system: You are a helpful assistant.
user:
Analyze the provided spectrum to determine if it is a **White Dwarf (WD)**.

A White Dwarf spectrum is defined by its **extreme purity** (due to gravitational settling) and/or **extreme pressure broadening** (due to high surface gravity). You must check for one of the following mutually exclusive signatures:

- **Key Visual Indicators (Check for ONE of these types):**

    - **1. DA-Type Signature (Most Common):**
        - **(Primary Feature):** Extreme pressure broadening (Stark broadening) of the **Hydrogen (H) Balmer lines**.
        - **(Key Lines):** $H\beta$ (approx. $4861$ Å) and $H\gamma$ (approx. $4340$ Å). $H\alpha$ (approx. $6563$ Å) will also be present if the wavelength range covers it.
        - **(Line Profile):** This is the **defining feature**. The lines are **NOT** sharp. They appear as massive, **extremely broad and deep "troughs" or "dips"** in the spectrum, often hundreds of Ångströms wide. The continuum will appear to "scoop" down at these wavelengths.
        - **(Distinction):** Normal A-type or B-type stars have *narrow* and *sharp* Hydrogen lines. A DA White Dwarf's lines are unmistakably "smeared" or "blurry" from pressure.

    - **2. DB-Type Signature:**
        - **(Primary Feature):** Broad absorption lines from **Neutral Helium (He I)**. The spectrum must lack any visible Hydrogen lines.
        - **(Key Lines):** Look for broad absorption near $4471$ Å, $4921$ Å, and $5876$ Å.
        - **(Line Profile):** These lines are also significantly pressure-broadened, appearing much wider than they would in a normal B-type main-sequence star.

    - **3. DC-Type Signature:**
        - **(Primary Feature):** A **featureless continuous spectrum**.
        - **(Line Profile):** The spectrum is a smooth curve with **no significant absorption or emission lines**.
        - **(Key Confirmation):** The continuum is almost always **blue or white**, indicating a hot object. This signature implies the atmosphere is so pure (or so cool) that no spectral lines are visible in the optical range. Its WD identity is confirmed by its extremely low intrinsic brightness (high absolute magnitude).

    - **4. DZ-Type Signature (Metal-Polluted):**
        - **(Primary Feature):** **Isolated, narrow metal absorption lines** on an otherwise featureless (DC-like) continuum.
        - **(Key Lines):** The **Calcium (Ca II) H & K doublet** (approx. **$3934$ Å** and **$3968$ Å**) is the most common and defining feature.
        - **(Line Profile):** These lines are "out of place." They are *not* part of a "forest" of thousands of lines. This signature is evidence of recent *accretion* (pollution) from rocky debris.
        - **(Distinction):** Normal G/K/M stars have a *dense forest* of thousands of metal lines. A DZ has a *clean* continuum with *only a few* strong metal lines.

    - **5. DQ-Type Signature (Carbon-Polluted):**
        - **(Primary Feature):** Absorption bands from **Carbon (C₂ "Swan Bands" or atomic C I)**.
        - **(Key Lines - C₂):** Look for bandheads with a "saw-tooth" shape near $5635$ Å, **$5165$ Å** (strongest), and $4737$ Å.
        - **(Key Confirmation):** The underlying **continuum must be blue or white** (hot).
        - **(Distinction):** This is the critical difference from a **Carbon Star**, which has the *exact same* C₂ bands but on an extremely **red, cool** continuum.

- **(Overall Spectrum):**
    - The continuum (overall shape) is typically **blue-sloping** (brighter in the blue than the red), as most white dwarfs are very hot.
    - The spectrum will look "pure" or "simple," dominated by only *one* of the five signatures listed above.

Think first, call **spectral_visualization_tool** if needed to examine features in detail, then provide your final answer. Your response must adhere to the following strict rules:
1.  **Overall Structure:** Your response must follow the format `<think>...</think> <tool_call>...</tool_call> (if a tool is used) <answer>...</answer>`.
2.  **Tool Usage Constraint:** You may only make **one** tool call per turn.
3.  **Final Answer Format:** In the `<answer>` tag, your conclusion must be inside a `\boxed{}` command (e.g., `\boxed{YES}` or `\boxed{NO}`), followed by your justification.

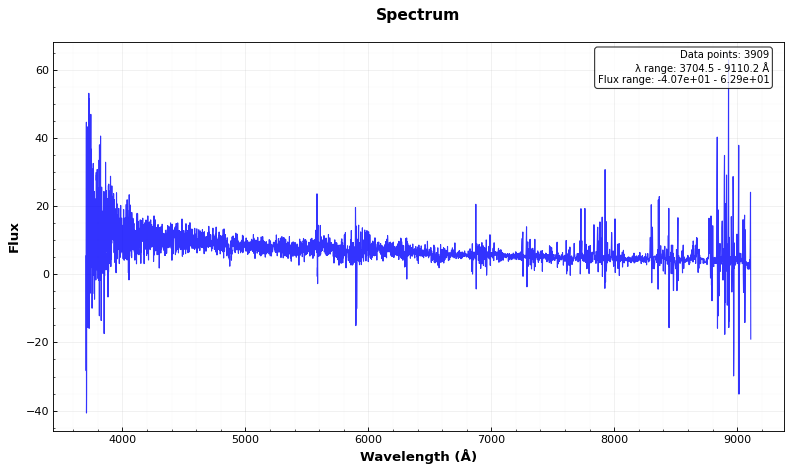
Answer: YES